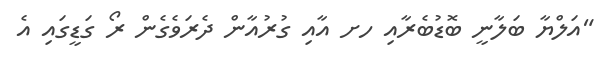
"އަލްޔާ ބަލާނީ ބޮޑުބެރާއި ހށ އާއި ގުރުއާން ދެރަވެގެން ރޯ ގަޑީގައި އެ